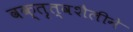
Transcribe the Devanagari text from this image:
वक्तृत्वशैलीने